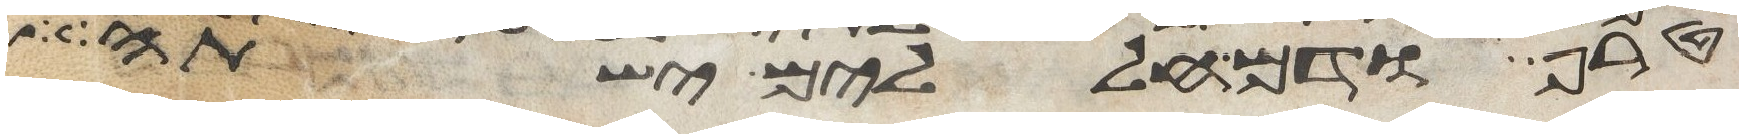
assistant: טרף ודם חללים ישתה